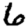
Digit: 6